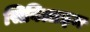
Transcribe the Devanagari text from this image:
सिबिलाइन